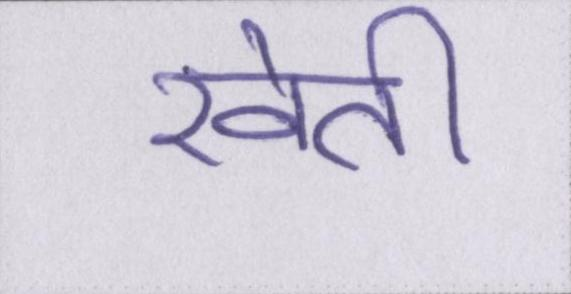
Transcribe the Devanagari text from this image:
खेती